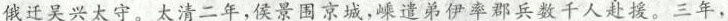
俄迁吴兴太守。太清二年，侯景围京城，嵊遣弟伊率郡兵数千人赴援。三年，